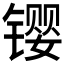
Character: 𫔉